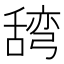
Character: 𮍽